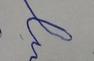
Signature authenticity: forged